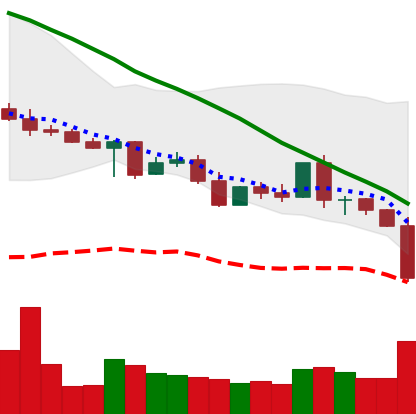
Ticker: XLM-USD
Chart end date: 2022-05-09
Forward return: -3.174%
Label: down_3_5